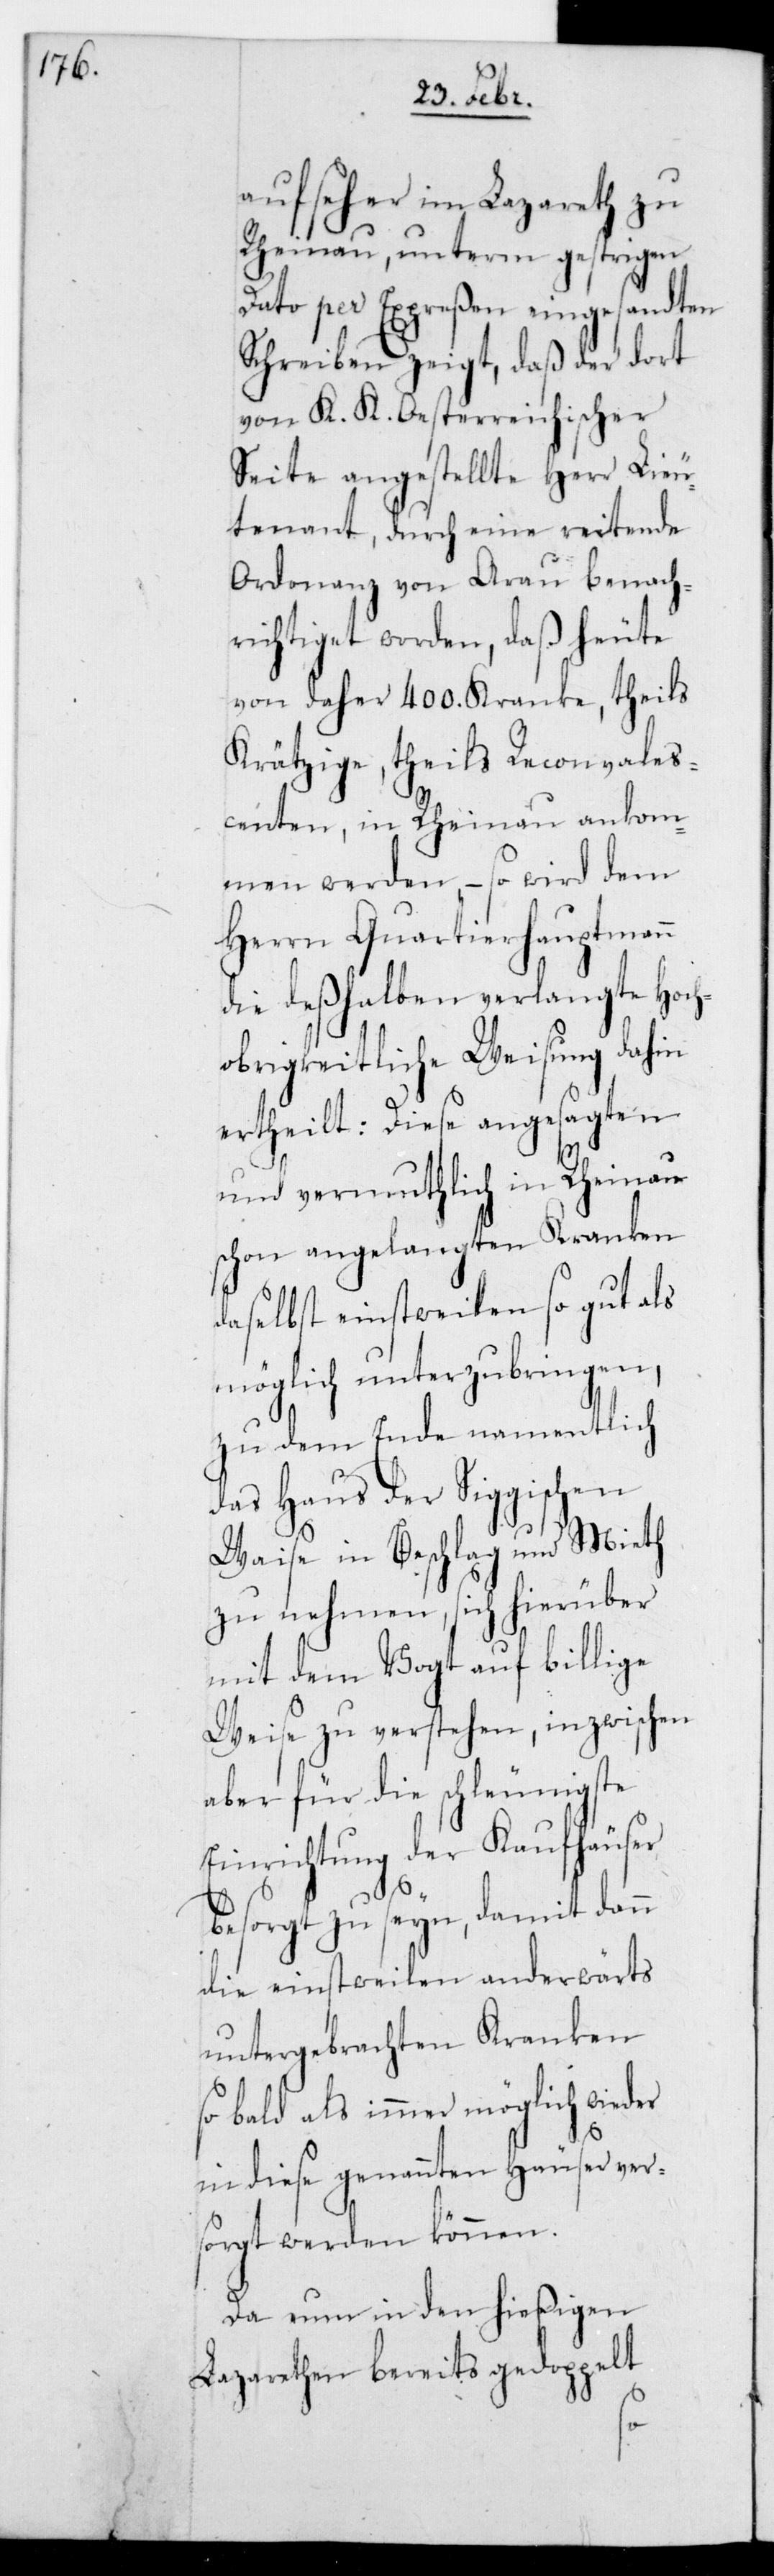
aufseher im Lazareth zu
Rheinau, unterm gestrigen
Dato per Expreßen eingesandten
Schreiben zeigt, daß der dort
von K. K. Oesterreichischer
Seite angestellte Herr Lieu¬
tenant, durch eine reitende
Ordonnanz von Arau benach¬
richtiget worden, daß heute
von daher 400. Kranke, theils
Kräthzige, theils Reconvales¬
centen, in Rheinau ankom¬
men werden, – so wird dem
Herrn Quartierhauptmann
die deshalben verlangte Hoch¬
obrigkeitliche Weisung dahin
ertheilt: Diese angesagten
und vermutlich in Rheinau
schon angelangten Kranken
daselbst einstweilen so gut als
möglich unterzubringen,
zu dem Ende namentlich
das Haus der Siggischen
Waise in Beschlag und Mieth
zu nehmen, sich hierüber
mit dem Vogt auf billige
Weise zu verstehen, inzwischen
aber für die schleunigste
Einrichtung der Kaufhäuser
besorgt zu seyn, damit dann
die einstweilen anderwärts
untergebrachten Kranken
so bald als immer möglich wieder
in diese genannten Häuser ver¬
sorgt werden können.
Da nun in den hießigen
Lazarethen bereits gedoppelt